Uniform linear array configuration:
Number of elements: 16
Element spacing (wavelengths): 0.75
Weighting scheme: binomial
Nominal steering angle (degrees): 60
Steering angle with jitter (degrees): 61.515
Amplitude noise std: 0.05
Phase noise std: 0.05

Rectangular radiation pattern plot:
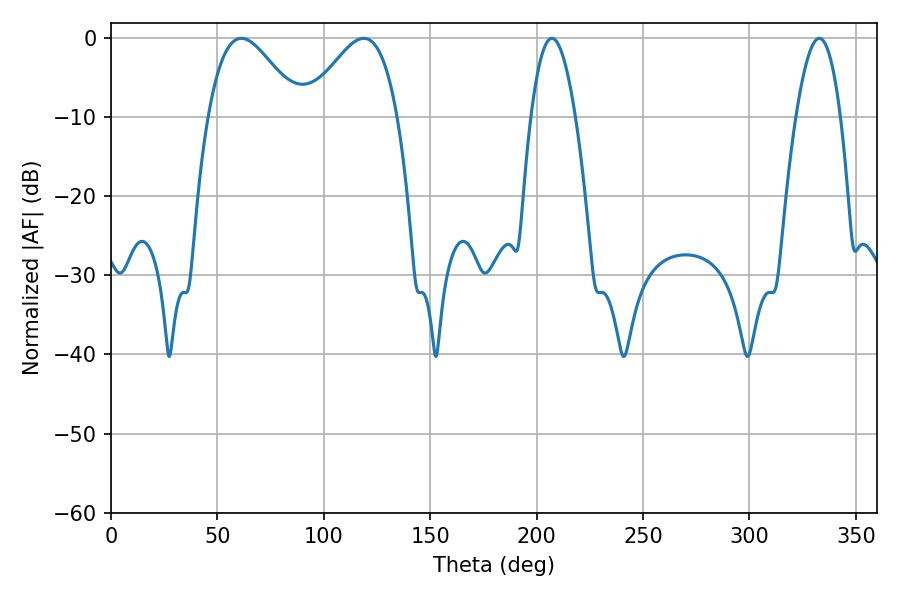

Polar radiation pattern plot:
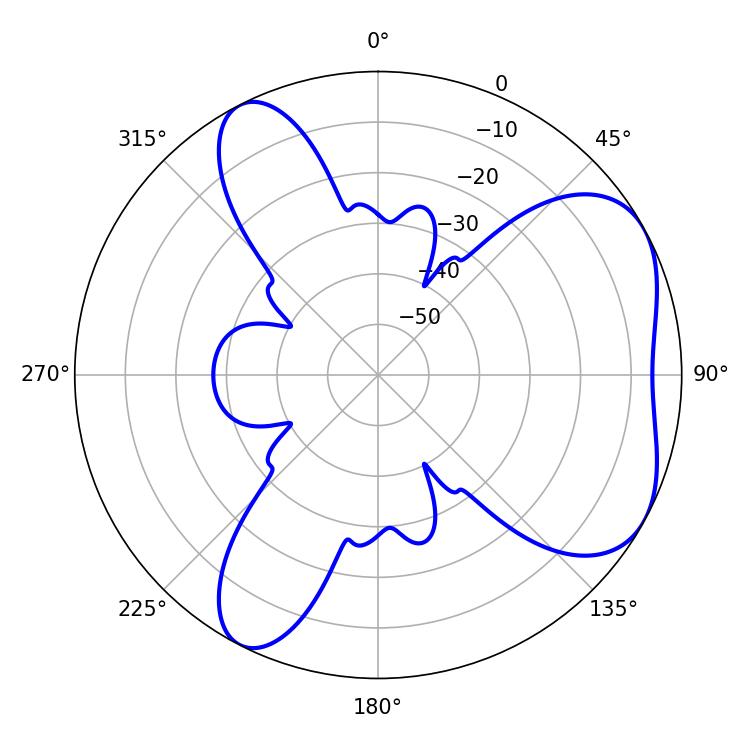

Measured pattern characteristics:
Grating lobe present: TRUE
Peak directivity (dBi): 5.24
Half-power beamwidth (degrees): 11.52
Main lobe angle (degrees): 207.18